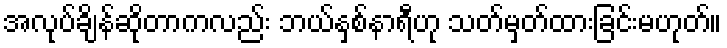
အလုပ်ချိန်ဆိုတာကလည်း ဘယ်နှစ်နာရီဟု သတ်မှတ်ထားခြင်းမဟုတ်။